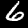
Digit: 6